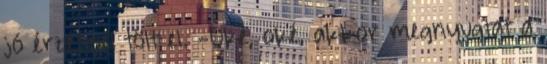
jó érzéssel tölt el. -Oké, oké, akkor megnyugtat a